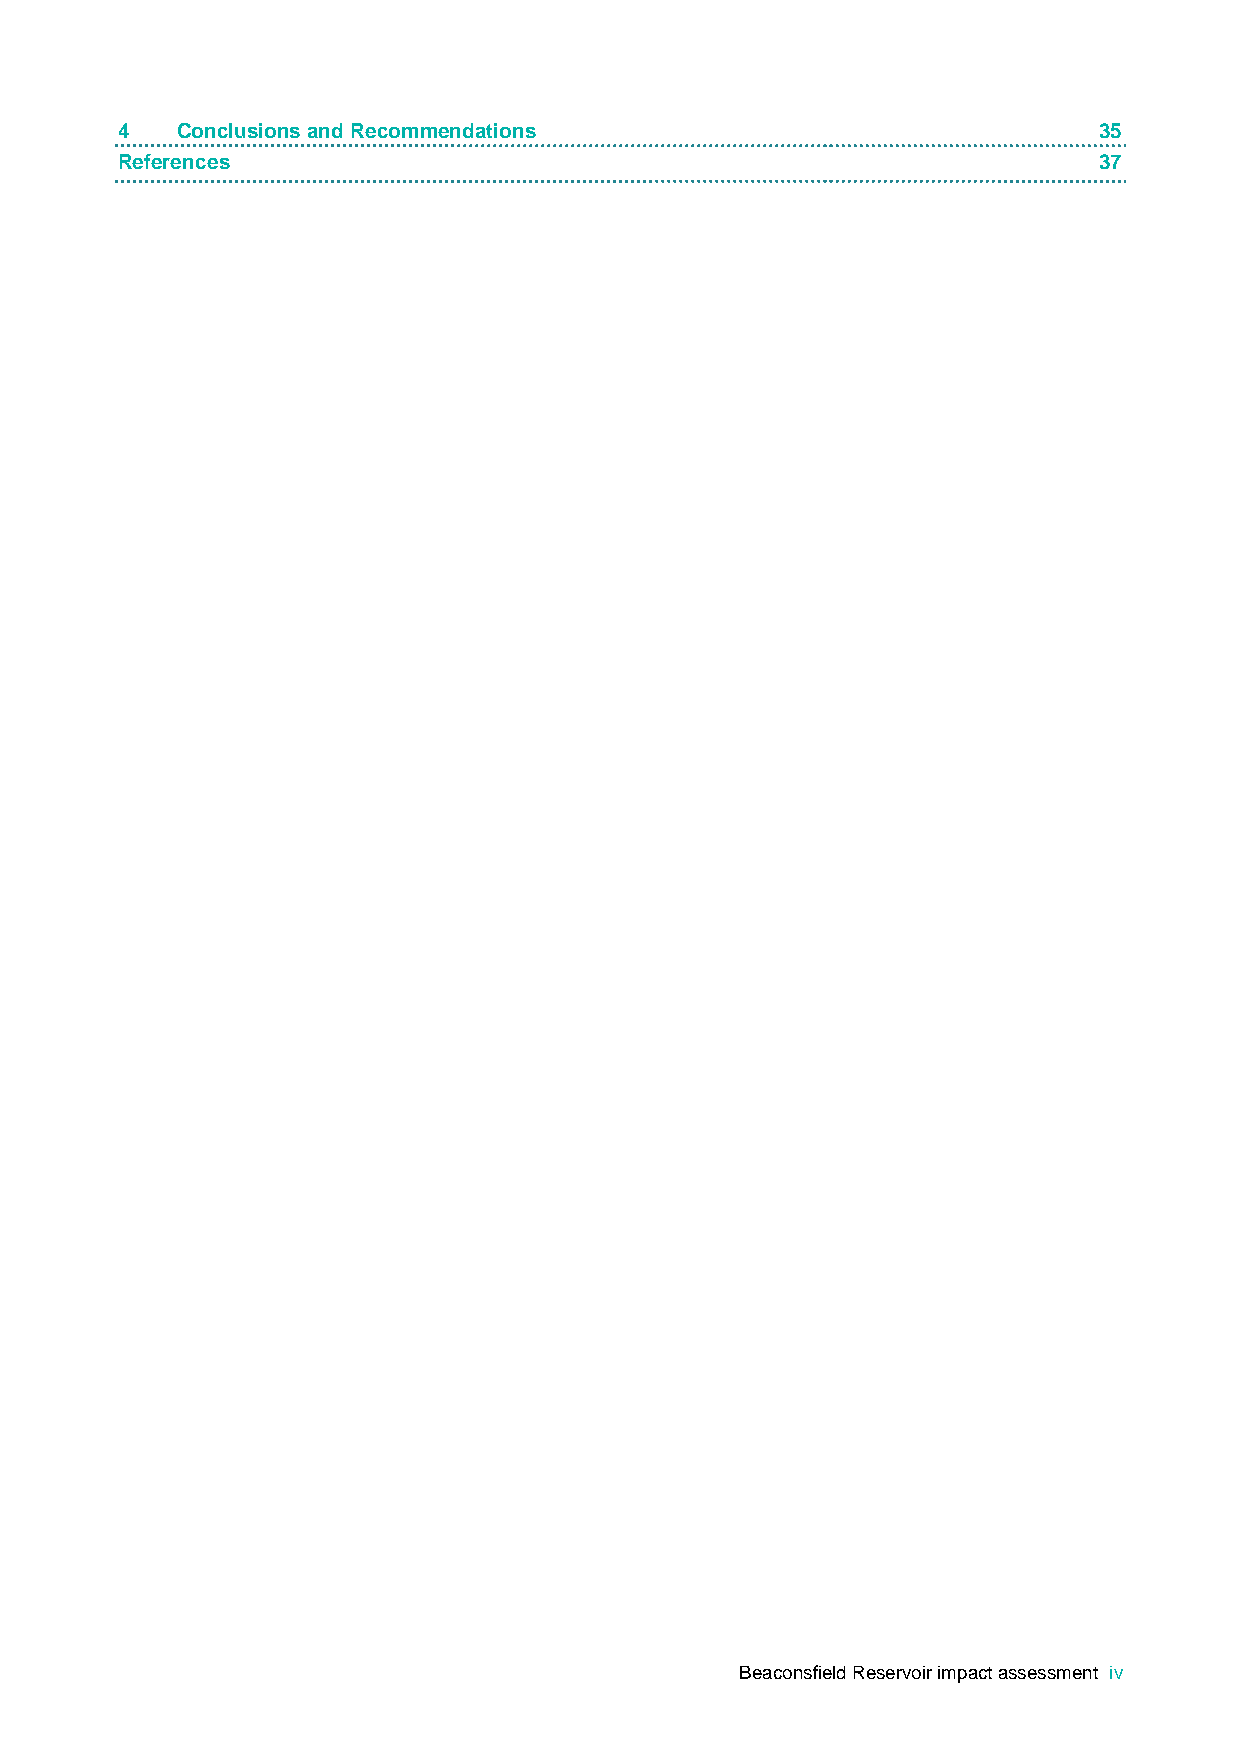
4   Conclusions and Recommendations                              35
 References                                                       37
 Beaconsfield Reservoir impact assessment iv